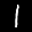
Label: 1